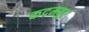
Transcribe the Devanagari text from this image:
कदमबुर